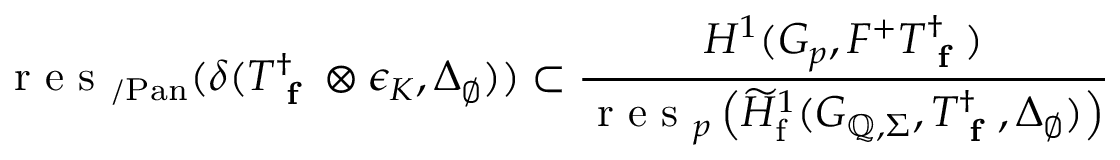
\, \textup { r e s } _ { / \mathrm { P a n } } ( \delta ( T _ { \textup { \bf f } } ^ { \dagger } \otimes \epsilon _ { K } , \Delta _ { \emptyset } ) ) \subset \frac { H ^ { 1 } ( G _ { p } , F ^ { + } T _ { \textup { \bf f } } ^ { \dagger } ) } { \textup { r e s } _ { p } \left( \widetilde { H } _ { \mathrm { f } } ^ { 1 } ( G _ { \mathbb { Q } , \Sigma } , T _ { \textup { \bf f } } ^ { \dagger } , \Delta _ { \emptyset } ) \right) }